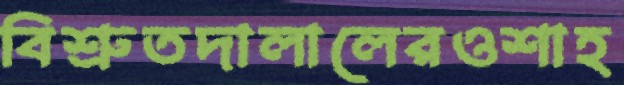
বিশ্রুতদালালেরওশাহ